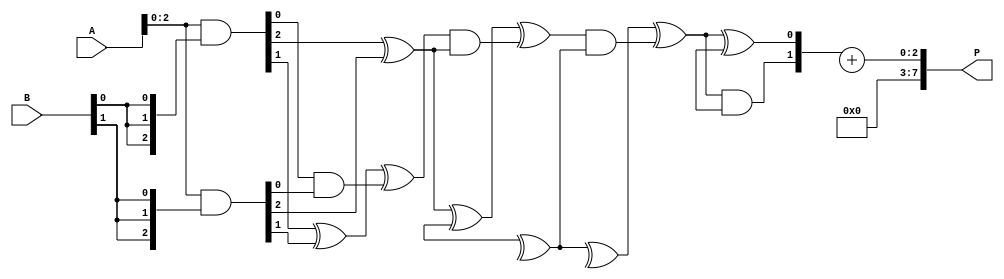
module wallace_tree_multiplier #(parameter N = 4) (
    input [N-1:0] A,
    input [N-1:0] B,
    output [2*N-1:0] P
);

// Generate partial products
wire [N-1:0] pp[N-1:0]; // Partial products
genvar i, j;
generate
    for (i = 0; i < N; i = i + 1) begin : partial_products
        assign pp[i] = A & {N{B[i]}}; // AND operation to generate partial products
    end
endgenerate

// Wallace Tree Reduction
wire [N-1:0] sum[N-1:0]; // Sums at each level
wire [N-1:0] carry[N-1:0]; // Carries at each level

// Initial level (first layer of reduction)
generate
    for (i = 0; i < N-1; i = i + 1) begin : first_layer
        if (i % 2 == 0) begin
            // Half adder for even indexed bits
            assign sum[0][i/2] = pp[0][i] ^ pp[1][i];
            assign carry[0][i/2] = pp[0][i] & pp[1][i];
        end else begin
            // Full adder for odd indexed bits
            assign sum[0][i/2] = pp[0][i] ^ pp[1][i] ^ carry[0][i/2];
            assign carry[0][i/2] = (pp[0][i] & pp[1][i]) | (carry[0][i/2] & (pp[0][i] ^ pp[1][i]));
        end
    end
endgenerate

// Further layers of reduction
generate
    for (j = 1; j < N; j = j + 1) begin : reduction_layers
        for (i = 0; i < (N - j); i = i + 1) begin : layer
            if (i % 2 == 0) begin
                // Half adder for even indexed bits
                assign sum[j][i/2] = sum[j-1][i] ^ sum[j-1][i+1];
                assign carry[j][i/2] = sum[j-1][i] & sum[j-1][i+1];
            end else begin
                // Full adder for odd indexed bits
                assign sum[j][i/2] = sum[j-1][i] ^ sum[j-1][i+1] ^ carry[j][i/2];
                assign carry[j][i/2] = (sum[j-1][i] & sum[j-1][i+1]) | (carry[j][i/2] & (sum[j-1][i] ^ sum[j-1][i+1]));
            end
        end
    end
endgenerate

// Final addition of the last two rows
wire [2*N-1:0] final_sum;
assign final_sum = {carry[N-1][0], sum[N-1][0]} + {carry[N-1][1], sum[N-1][1]};

// Assign final product
assign P = final_sum;

endmodule